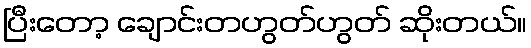
ပြီးတော့ ချောင်းတဟွတ်ဟွတ် ဆိုးတယ်။